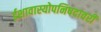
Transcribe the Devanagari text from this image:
ईशावास्योपनिषदावरी